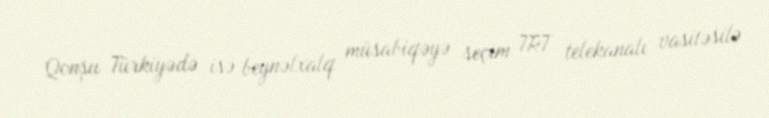
Qonşu Türkiyədə isə beynəlxalq müsabiqəyə seçim TRT telekanalı vasitəsilə